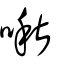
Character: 啾